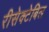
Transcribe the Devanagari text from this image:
रीसेक्टेबिल